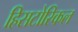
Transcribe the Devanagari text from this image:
हिसटोरिकल